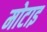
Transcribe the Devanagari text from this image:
मोटाइ